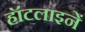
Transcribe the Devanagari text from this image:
हॉटलाइनें